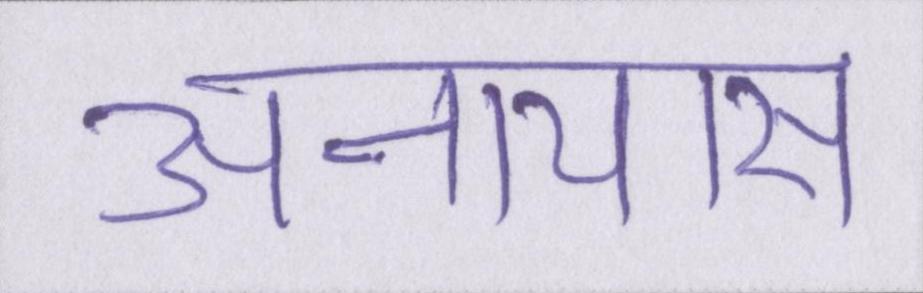
अनायास